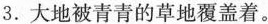
3.大地被青青的草地覆盖着.